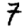
Digit: 7